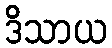
ဒိသာယ